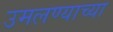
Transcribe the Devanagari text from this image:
उमलण्याच्या